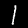
Digit: 1